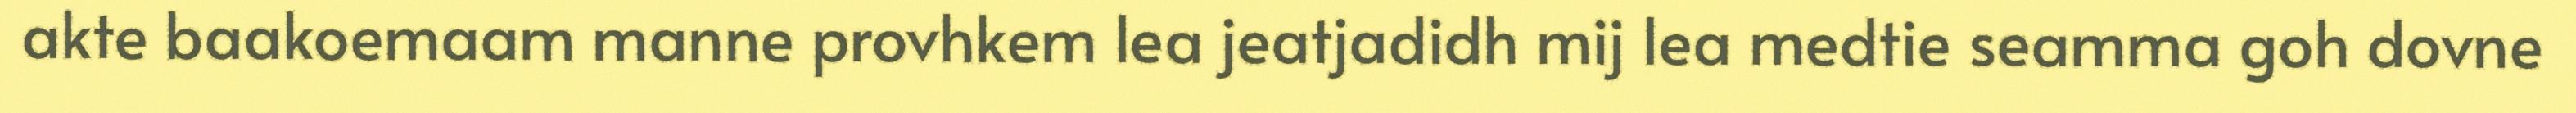
akte baakoemaam manne provhkem lea jeatjadidh mij lea medtie seamma goh dovne